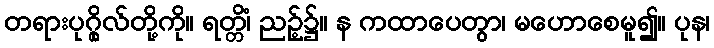
တရားပုဂ္ဂိုလ်တို့ကို။ ရတ္တိံ၊ ညဉ့်၌။ န ကထာပေတွာ၊ မဟောစေမူ၍။ ပုန၊